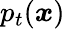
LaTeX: p_{t}(\boldsymbol{x})